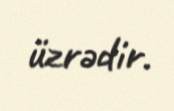
üzrədir.